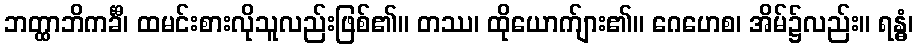
ဘတ္ထာဘိကင်္ခီ၊ ထမင်းစားလိုသူလည်းဖြစ်၏။ တဿ၊ ထိုယောက်ျား၏။ ဂေဟေစ၊ အိမ်၌လည်း။ ရန္ဓံ၊